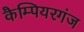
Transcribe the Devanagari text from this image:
कैम्पियरगंज